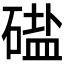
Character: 𱴤